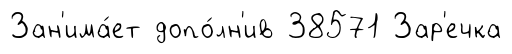
Зан'има́ет допо́лн'ив 38571 Зар'ечка